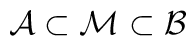
\mathcal{A}\subset \mathcal{M}\subset \mathcal{B}